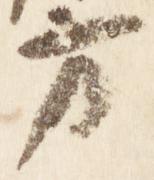
方